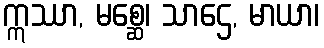
ဣဿာ, မစ္ဆေ၊ သာဌေ, မာယာ၊